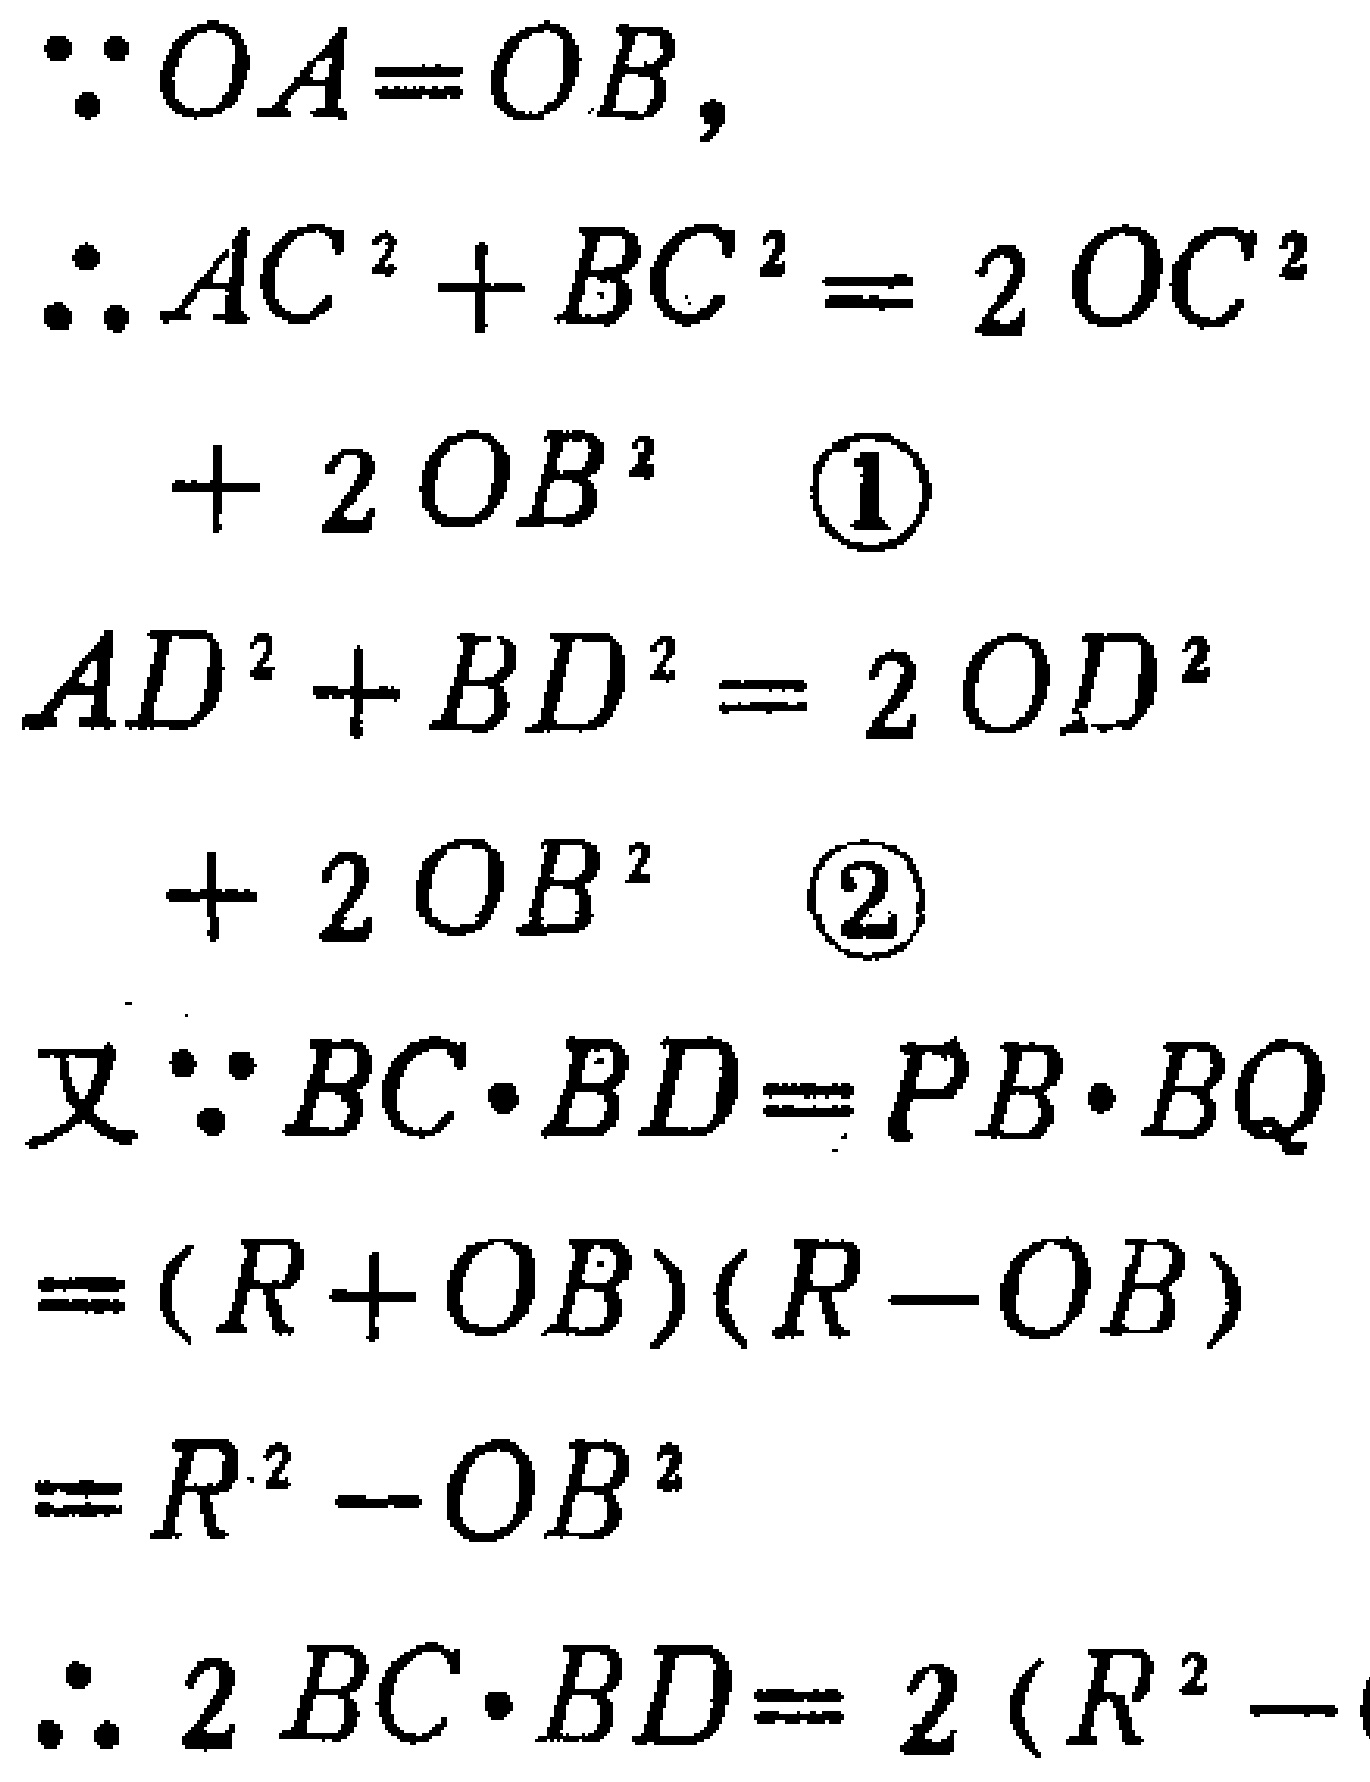
\[\begin{align*}
&\because OA = OB,\\
&\therefore AC^{2}+BC^{2}=2OC^{2}+2OB^{2}\quad\textcircled{1}\\
&AD^{2}+BD^{2}=2OD^{2}+2OB^{2}\quad\textcircled{2}\\
&\text{又}\because BC\cdot BD = PB\cdot BQ=(R + OB)(R - OB)=R^{2}-OB^{2}\\
&\therefore 2BC\cdot BD=2(R^{2}-\
\end{align*}\]